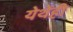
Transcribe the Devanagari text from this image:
येथेंही